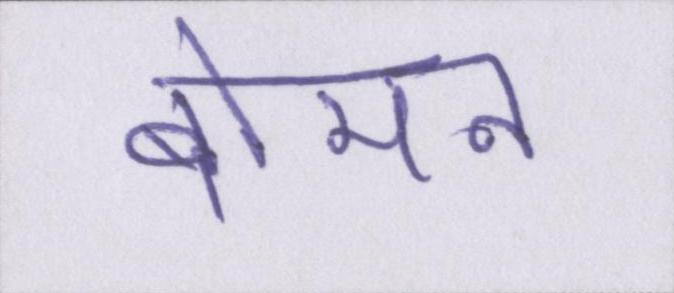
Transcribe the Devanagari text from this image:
बोमन